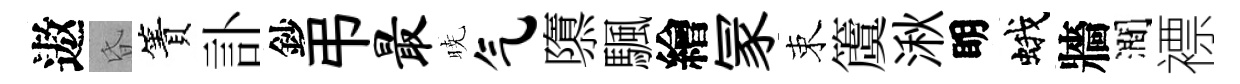
遨昏簀訃鈔弔最暁气隳颿繪冡束𥵂湫眀蛾牆澗褾